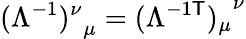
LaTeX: {(\Lambda^{-1})^{\nu}}_{\mu}={(\Lambda^{-1\mathsf{T}})_{\mu}}^{\nu}